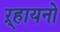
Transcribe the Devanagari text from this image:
ऱ्हायनो